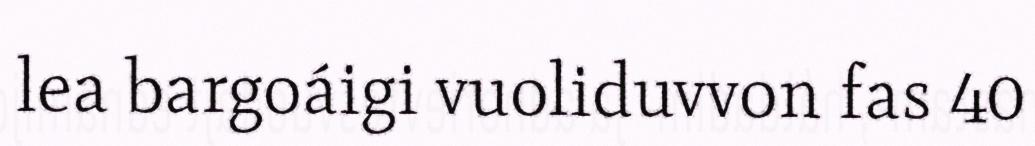
lea bargoáigi vuoliduvvon fas 40